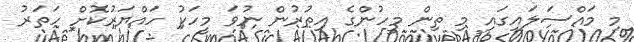
މި މައްސަލައިގައި މި ތިން މީހުންގެ އިތުރުން ނުވަ މީހަކު ހައްޔަރުކޮށް ހަތަރު